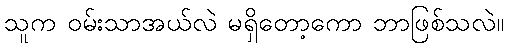
သူက ဝမ်းသာအယ်လဲ မရှိတော့ကော ဘာဖြစ်သလဲ။